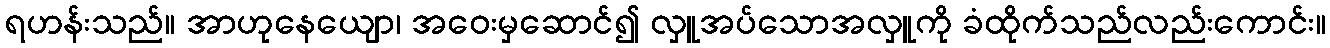
ရဟန်းသည်။ အာဟုနေယျော၊ အဝေးမှဆောင်၍ လှူအပ်သောအလှူကို ခံထိုက်သည်လည်းကောင်း။